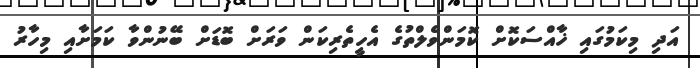
އަދި މިކަމުގައި ޚާއްސަކޮށް ކޮމަންވެލްތުގެ އެހީތެރިކަން ވަރަށް ބޮޑަށް ބޭނުންވާ ކަމަށާއި މިހާރު